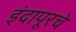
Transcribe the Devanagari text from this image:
इंदापूरचे